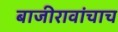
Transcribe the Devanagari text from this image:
बाजीरावांचाच